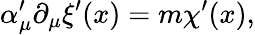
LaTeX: \alpha_{\mu}^{\prime}\partial_{\mu}\xi^{\prime}(x)=m\chi^{\prime}(x),